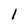
Character: l